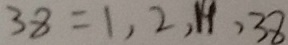
3 8 = 1 , 2 , 1 9 , 3 8